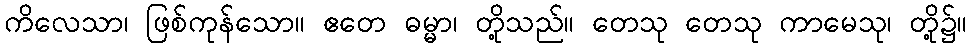
ကိလေသာ၊ ဖြစ်ကုန်သော။ ဧတေ ဓမ္မာ၊ တို့သည်။ တေသု တေသု ကာမေသု၊ တို့၌။